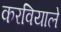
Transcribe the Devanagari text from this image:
करवियाले